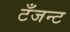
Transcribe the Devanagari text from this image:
टँजन्ट